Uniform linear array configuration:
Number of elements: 24
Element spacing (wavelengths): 0.25
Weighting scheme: hann
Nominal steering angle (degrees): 30
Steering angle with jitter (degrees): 31.769
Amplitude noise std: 0.05
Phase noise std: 0.05

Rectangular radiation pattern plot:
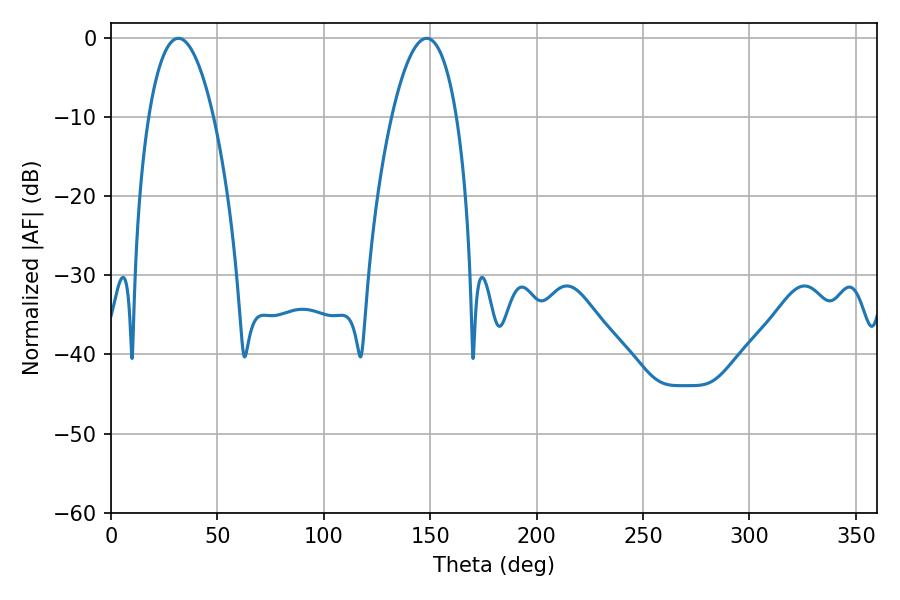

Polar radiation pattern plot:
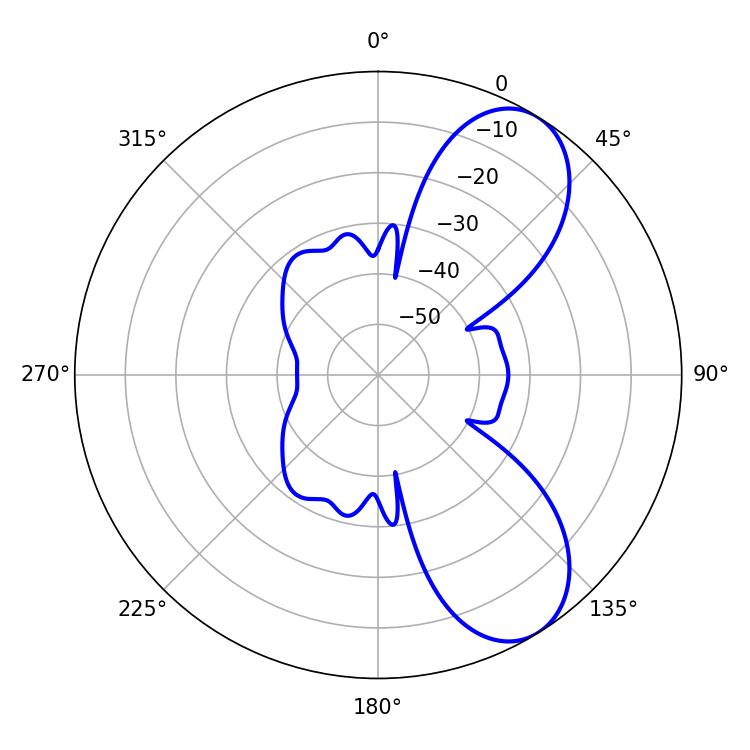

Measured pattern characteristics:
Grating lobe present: FALSE
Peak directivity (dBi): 7.763
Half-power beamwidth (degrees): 16.92
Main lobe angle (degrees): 31.68